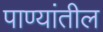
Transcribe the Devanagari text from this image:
पाण्यांतील